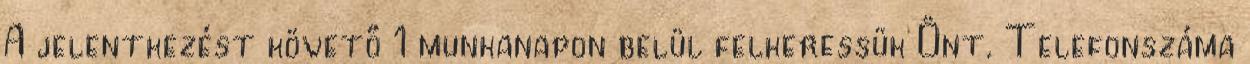
A jelentkezést követő 1 munkanapon belül felkeressük Önt. Telefonszáma